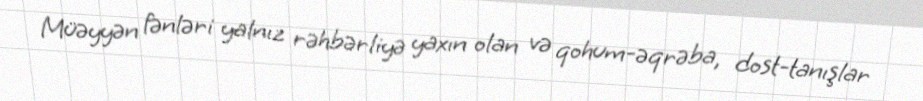
Müəyyən fənləri yalnız rəhbərliyə yaxın olan və qohum-əqrəba, dost-tanışlar